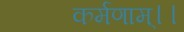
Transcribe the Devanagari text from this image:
कर्मणाम्।।